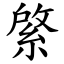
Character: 綮